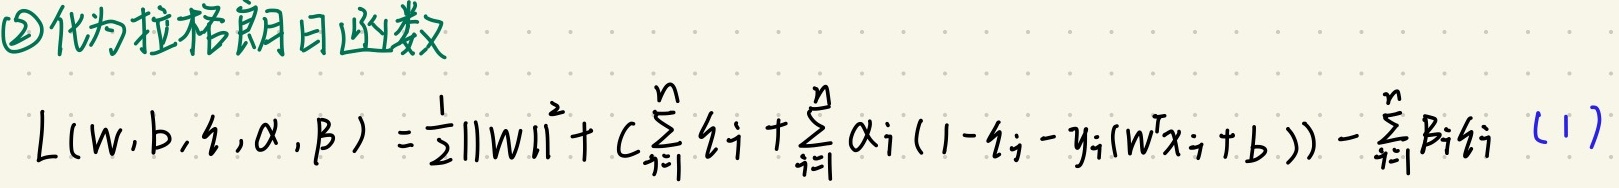
\textcircled{2}化为拉格朗日函数

\[
L(w, b, \xi, \alpha, \beta)=\frac{1}{2}\|w\|^{2}+C \sum_{i = 1}^{n} \xi_{i}+\sum_{i = 1}^{n} \alpha_{i}(1-\xi_{i}-y_{i}(w^{T} x_{i}+b))-\sum_{i = 1}^{n} \beta_{i} \xi_{i} \quad(1)
\]